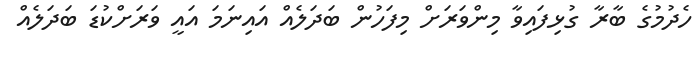
ހެދުމުގެ ބާރާ ގުޅިފައިވާ މިންވަރަށް މިފަހުން ބަދަލެއް އައިނަމަ އައީ ވަރަށްކުޑަ ބަދަލެއް